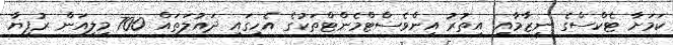
ކަމަށާ ޓެކްސްގެ ނިޒާމާއި އިތުރު އިންވެސްޓްމެންޓްތަކުގެ އެހީގައި ދައުލަތައް 700 މިލިއަން ރުފިޔާ